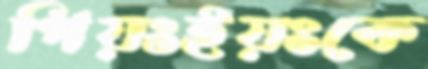
পিয়ংইয়ংকে